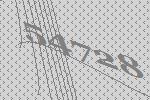
54728